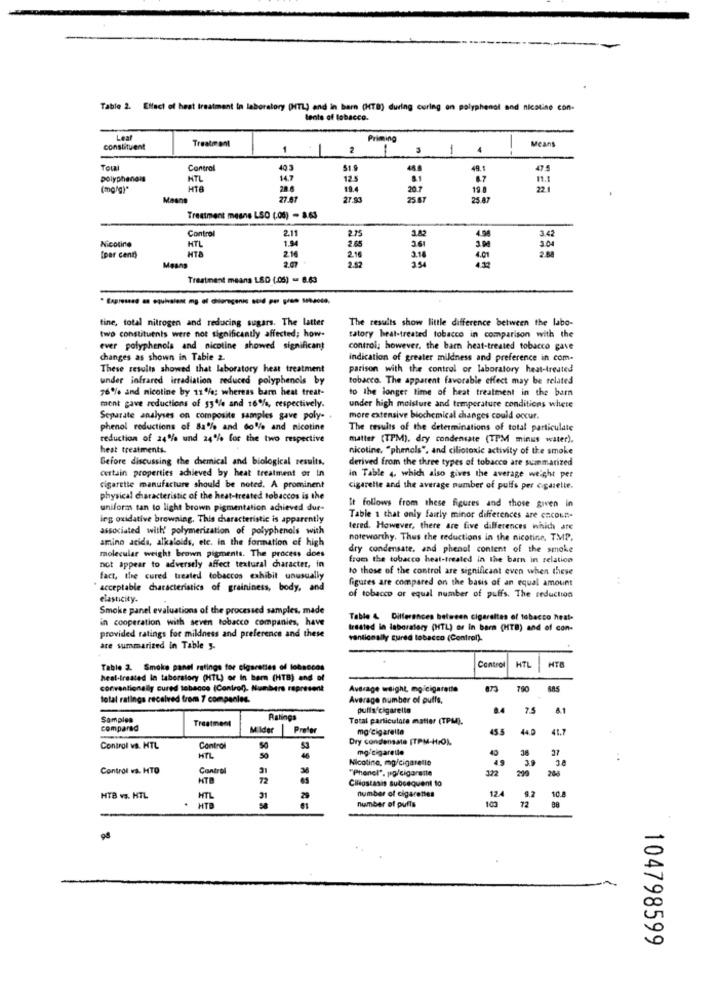
Table 2. Effect of heat treatment in laboratory (HTL) and in barn (HTB) during curing on polyphenol and nicotine con-
lente of tobacco.
Leaf
Treatment
Priming
Means
constituent
1
2
1
-
Total
Control
403
49.
polyphandis
HTL
14.7
12.5
(mg/g)*
HTB
207
198
Mo
27.87
27.30
25 8
25.87
Treatment means LSO (.06) - 8.63
Control
2.11
2.75
3.42
Nicotine
1.94
4.98
HTL
HTB
2.65
361
3.00
30
[per cent)
2.16
Mesas
Treatment means LSD (.05) - 8.63
* Expressed as equivalent mg of chiargenis stid por gres sesose.
tine, total nitrogen and reducing sugars. The latter
The results show little difference between the labo-
two constituents were not significantly affected; how-
tatory heal-treated tobacco in comparison with the
ever polyphenols and nicotine showed significant
controi; however, the barn heat-treated tobacco gave
changes as shown in Table 2.
indication of greater mildness and preference in com.
These results showed that laboratory heat treatment
parison with the control or laboratory heat-treated
under infrared irradiation reduced polyphenols by
tobacco. The apparent favorable effect may be related
76% and nicotine by 11%; whereas barn heat treat-
to the longer time of heat treatment in the barn
ment gave reductions of 53% and 16%, respectively.
under high moisture and temperature conditions where
Separate analyses on composite samples gave poly- .
more extensive biochemical changes could occur.
phenol reductions of 82% and 60% and nicotine
The results of the determinations of total particulate
reduction of 24% und 24% for the two respective
matter (TPM), dry condensate (TPM minus water).
heat treatments.
nicotine, "phenols", and ciliotoxic activity of the smoke
Before discussing the chemical and biological results.
derived from the three types of tobacco are summarized
certain properties achieved by heat treatment or In
in Table 4, which also gives the average weight per
cigarette manufacture should be noted. A prominent
cigarette and the average number of puffs per ogazelle.
physical characteristic of the heat-treated tobaccos is the
uniforms tan to light brown pigmentation achieved due-
It follows from these figures and those given in
ing oxidative browning. This characteristic is apparently
Table 1 that only fairly minor differences are encount-
associated with' polymerization of polyphenols with
tered. However, there are five differences which are
amino acida, alkaloids, etc. in the formation of high
noteworthy. Thus the reductions in the nicotine, TMP.
molecular weight brown pigments. The process does
dry condensate, and phenol content of the smoke
From the tobacco heat-treated in the barn in relation
not appear to adversely affect textural character, in
to those of the control are significant even when these
fact, the cured treated tobaccos exhibit unusually
figures are compared on the basis of an equal amount
acceptable characteristics of graininess, body, and
elasticity.
of tobacco or equal number of puffs. The reduction
Smoke panel evaluations of the processed samples, made
in cooperation with seven tobacco companies, have
Table & Differences between cigarettes of tobacco heat-
treated in laboratory (HTL) or In barn (HTB) and of con-
provided ratings for mildness and preference and these
vantionally cured tobacco (Control).
are summarized in Table y.
Control
Table 2. Smoke panel ratings for cigarettes of lobsocos
HTL
heat-treated in taborstory (HTL) or In barn (HTB) and of
conventionally cured tobacco (Control). Numbers represent
Average weight, mg/cigarette
780
total ratings received from 7 companies.
Average number of puffs,
oulis cigarelle
2.4
Samples
Ratings
Total particulate matier (TPM).
compared
Treatment
Milder
Prefer
mg/cigarella
45.5
44.0
41.7
Dry condensate [TPM-HO).
Control vs. HTL
Control
mo cigaretle
40
38
27
HTL
46
Nicotine, mg/cigaretlo
3.8
Control vs. HTO
Control
"Phonel". po/cigarette
122
HTB
Cliostasis subsequent 10
number of cigarettes
10.4
HTB vs. HTL
HTL
12.4
72
9.2
HTB
number of puffs
104798599